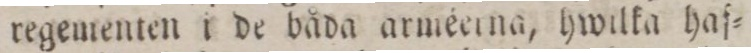
regementen i de båda arméerna, hwilka haf=